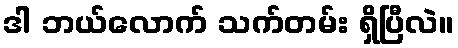
ဒါ ဘယ်လောက် သက်တမ်း ရှိပြီလဲ။